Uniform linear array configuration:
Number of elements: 8
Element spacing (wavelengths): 0.75
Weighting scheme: binomial
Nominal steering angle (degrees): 30
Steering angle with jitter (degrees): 29.274
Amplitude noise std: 0.05
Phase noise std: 0.05

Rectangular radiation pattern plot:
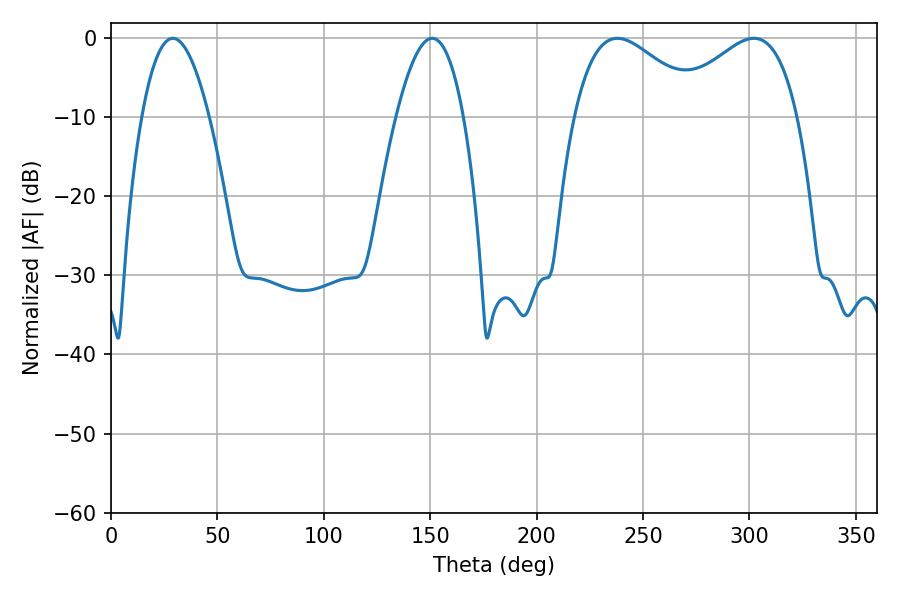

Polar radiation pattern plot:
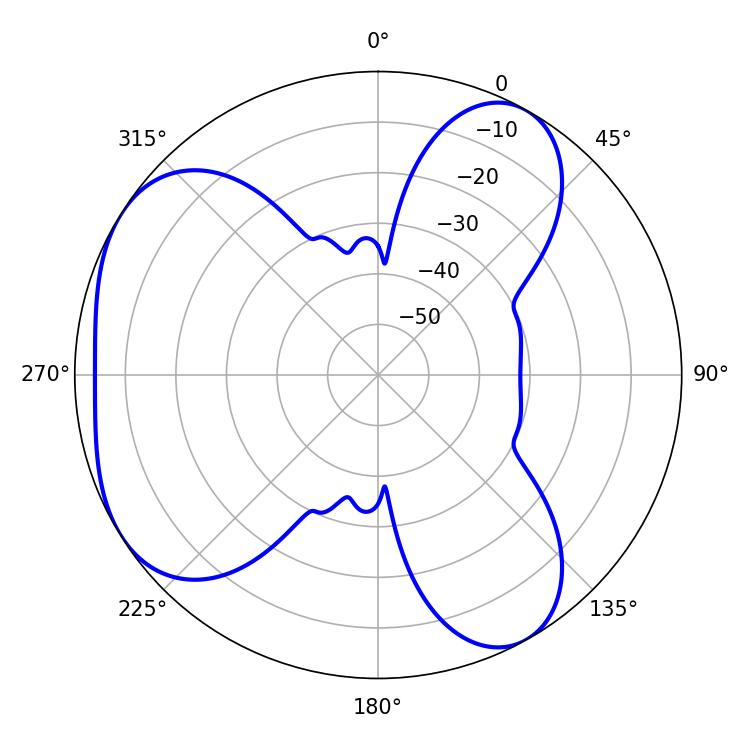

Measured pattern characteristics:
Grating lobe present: TRUE
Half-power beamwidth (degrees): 32.76
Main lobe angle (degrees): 237.96